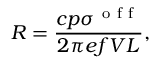
R = \frac { c p \sigma ^ { \mathrm { ~ o ~ f ~ f ~ } } } { 2 \pi e f V L } ,